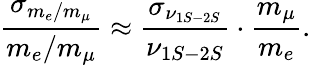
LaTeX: \frac{\sigma_{m_{e}/m_{\mu}}}{m_{e}/m_{\mu}}\approx\frac{\sigma_{\nu_{1S-2S}}}{\nu_{1S-2S}}\cdot\frac{m_{\mu}}{m_{e}}.